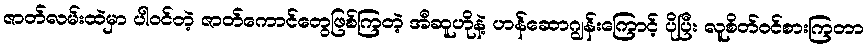
ဇာတ်လမ်းထဲမှာ ပါဝင်တဲ့ ဇာတ်ကောင်တွေဖြစ်ကြတဲ့ အီဆူဟိုနဲ့ ဟန်ဆောဂျွန်းကြောင့် ပိုပြီး လူစိတ်ဝင်စားကြတာ